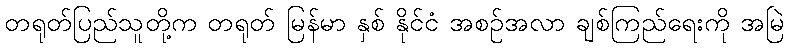
တရုတ်ပြည်သူတို့က တရုတ် မြန်မာ နှစ် နိုင်ငံ အစဉ်အလာ ချစ်ကြည်ရေးကို အမြဲ